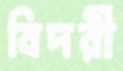
বিদরী